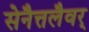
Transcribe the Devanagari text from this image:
सेनैत्तलैवर्